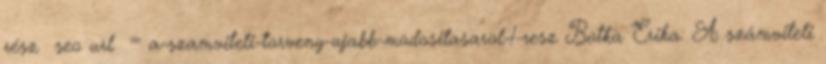
rész seo url = a-szamviteli-torveny-ujabb-modositasarol-1-resz Botka Erika: A számviteli